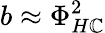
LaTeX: b\approx\Phi_{H\mathbb{C}}^{2}